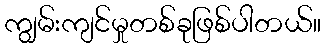
ကျွမ်းကျင်မှုတစ်ခုဖြစ်ပါတယ်။